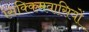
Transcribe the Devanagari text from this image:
सिक्किमवासियों